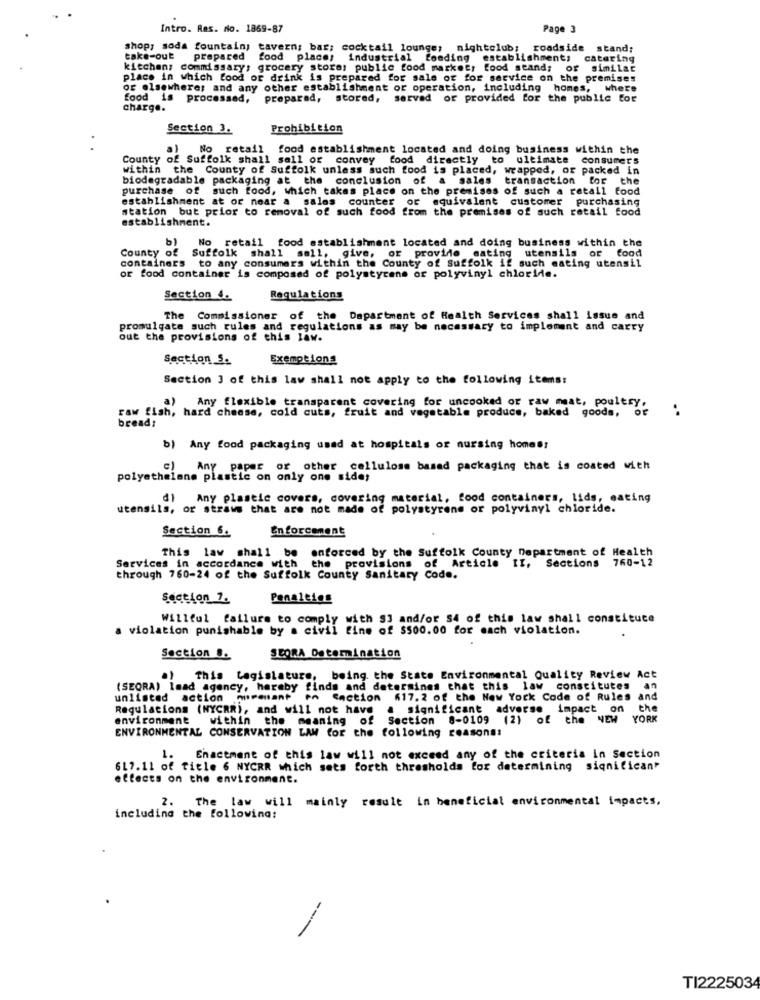
Intro. Ras. no. 1869-87
Page 3
shop; soda fountain; tavern; bar; cocktail lounge; nightclub; roadside stand;
take-out prepared food place, industrial feeding establishments
catering
kitchen; commissary; grocery stores public food markety food stand; or similar
place in which food or drink is prepared for sale or for service on the premises
or elsewhere; and any other establishment or operation, including homes, where
food is processed, preparad, stored, served or provided for the public for
charge.
Section 3.
Prohibition
al No retail food establishment located and doing business within the
County of Suffolk shall sell or convey food directly to ultimate consumers
within the County of Suffolk unless such food is placed, wrapped, or packed in
biodegradable packaging at the conclusion of a sales transaction for the
purchase of such food, which takes place on the premises of such a retail food
establishment at or near a sales counter or equivalent customer purchasing
station but prior to removal of such food from the premises of such retail food
establishment.
No retail food establishment located and doing business within the
County of
containers to any consumers within the County of Suffolk if such eating utensil
Suffolk shall sall, give, or provide eating utensils or food
or food container is composed of polystyrene or polyvinyl chloride.
Section 4.
Regulations
The Commissioner of the Department of Health Services shall issue and
promulgate such rules and regulations as may be necessary to implement and carry
out the provisions of this law.
Section S.
Exemptions
Section 3 of this law shall not apply to the following items:
a) Any flexible transparent covering for uncooked or raw meat, poultry,
of
..
raw fish, hard cheese, cold cuts, fruit and vegetable produce, baked goods,
bread:
b) Any food packaging used at hospitals or nursing homes!
Any paper or other cellulose based packaging that is coated with
polyethelane plastic on only one side;
Any plastic covers, covering material, food containers, lids, eating
utensils, or straws that are not made of polystyrene or polyvinyl chloride.
Enforcement
Section 6.
This law shall be enforced by the Suffolk County Department of Health
Services in accordance with the provisions of Article II, Sections 760-12
through 760-24 of the Suffolk County Sanitary Code.
Section 1.
Penalties
Willful failure to comply with $3 and/or $4 of this law shall constitute
a violation punishable by a civil fine of $500.00 for each violation.
Section B.
SCORA Determination
This Legislature, being the State Environmental Quality Review Act
(SEORA) lead agency, hereby finds and determines that this law constitutes
an
unlisted action miremant to Section "17. 2 of the New York Code of Rules and
Regulations (NYCRR), and will not have a significant adverse impact on
the
environment within the meaning of Section 8-0109 (2) of the NEW YORK
ENVIRONMENTAL CONSERVATION LAW for the following reasons:
. Enactment of this law will not exceed any of the criteria in Section
617.11 of title 6 NYCRR which sets forth thresholds for determining significant
effects on the environment.
2.
The law will mainly result in beneficial environmental impacts,
including the following:
---
TI2225034